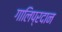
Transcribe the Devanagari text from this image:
गालिप्रदान